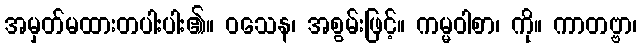
အမှတ်မထားတပါးပါး၏။ ဝသေန၊ အစွမ်းဖြင့်။ ကမ္မဝါစာ၊ ကို။ ကာတဗ္ဗာ၊